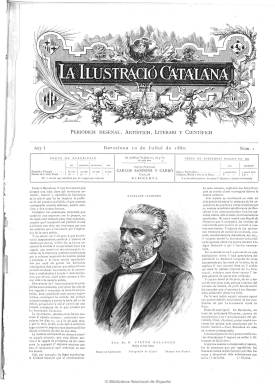
Título: La Ilustració catalana
Colección: Revistas de información general || Cultura
Ámbito geográfico: Barcelona
Lugar de publicación: Barcelona
Fechas: 10/07/1880-30/12/1917

Emulando a la revista española de mayor tirada de la época –La ilustración española y americana (1870-1921)–, la catalana es fundada y editada por Carlos Sampons y Carbó y considerada como la primera gran revista ilustrada escrita íntegramente en lengua catalana, que en 1883 pasará a ser propiedad y dirigida por Francesc Matehu i Fornells (1851-1938). Tiene dos épocas, la primera va desde el diez de julio de 1880 hasta el 31 de marzo de 1894 y, la segunda, desde el siete de junio de 1903 hasta el 30 de diciembre de 1917, cuando elimina de su cabecera el artículo determinado y se titulará Ilustració catalana, y adquirirá un tono netamente modernista. Tanto en su primera como en su segunda época tendrá un marcado carácter catalanista (en el grabado que acompaña a su cabecera de la primera época aparece, junto a los atributos de las bellas artes, una cabeza adornada con el símbolo patriótico de la barretina), reflejando su actualidad social, económica, literaria, cultural y artística.

Aparece con el subtítulo “periòdich desenal, artístich, literari y científic”, en números de ocho páginas, convirtiéndose en quincenal a partir de enero de 1882, aumentando sus páginas hasta las dieciséis. A partir de marzo de 1881 comienza a introducir publicidad comercial de establecimientos y productos catalanes, que irá aumentando progresivamente hasta ocupar sus últimas páginas.

Compuesta a tres columnas, sus páginas dan cabida a los más acreditados periodistas, escritores, dibujantes y grabadores de las letras y las artes plásticas catalanas. Destacan sus crónicas de actualidad catalana, sus revistas de teatros, musicales y literarias, sus artículos biográficos e históricos, de comercio e industria, tradiciones, inventos, modas, sus secciones bibliográfica (a partir de abril de 1881) y de bellas artes, sus textos de creación literaria (leyendas, narraciones, etc.) o sus composiciones poéticas.

La revista se benefició del impulso de las artes gráficas que se dio en Cataluña en aquélla época, y el taller de fotograbado de Josep Thomas Bigas (1850-1910), que había sido el pionero del fotograbado en España a partir de 1875 y el introductor de los procedimientos fotomecánicos a partir de 1882, empezará publicar sus trabajos en La ilustración… a partir de 1884, introduciendo asimismo el grabado en color a partir de 1890. A la misma vez, la revista irá sustituyendo sus grabados en madera (xilografía) a partir de 1885-1886, manteniendo sólo en menor medida los “galvanos” de importación.

Cuatro de sus ocho páginas iniciales incluían grabados, dos de ellos a toda página, de retratos de catalanes ilustres, vistas, monumentos, edificios, de actualidad, dibujos alegóricos, reproducciones de obras pictóricas, etc., especialmente referidos a Cataluña, pero también de otras partes de España y del extranjero.

Entre sus ilustradores principales aparecen los nombres de Alexander Riquer (diseñador de su portada), Josep Serra (autor de la cabecera) o Josep Lluís Pellicer. Publicará fotografías de Jaime Monrás, Heribert Mariezcurrena o del Estudio de Napoleón y Rafael Arenas.

Su primer director había sido Josep Franquesa i Gomis, que pronto fue sustituido por  el propio Sampons, y tras la muerte de este a finales de 1882, por Matheu, que consta así en su cabecera desde el 30 de enero de 1883, quién le dotará a la revista su “ardiente” catalanismo, pero alejado de las luchas partidarias. Entre sus primeros redactores contó con Ángel Guimerá, Víctor Iranzo, Ramón E. Bassegoda (autor de la sección Crónica general), Eduardo Támaro (que firma la sección Nuestros grabados), Francesca de Boter, Josep Redoreda, Conrat Roure, Lluís Maria Puig, L. Mercader y S. Robot. Entre sus colaboraciones aparecerán las de Valentí Almirall, Víctor Balaguer o Jacint Verdaguer.

La revista editó ya en su primera época números extraordinarios, como el dedicado a la Exposición Universal de Barcelona, que le valió una medalla de oro. Y Matheu, en 1884, creará su propia editorial, a través de la cual publicará la edición popular de las obras de Verdaguer, así como la colección mensual Lectura Popular, como biblioteca de autores catalanes.

Tras un lapso de ocho años y haber publicado 325 números en su primero época, y ayudado por J. Alemany, Matheu volverá a sacar la revista en 1907, ahora con formato mayor, aunque lo reducirá en su número 709, de 1907, en una edición más popular y a la vez más lujosa, al utilizar papel couché, con periodicidad semanal, saliendo los domingos, en números de 16 páginas, pero continuando su papel destacado en la prensa catalanista, dirigida a la burguesía y manteniendo el espíritu de la Reinaxença, a la vez que reticente a aceptar la ortografía propuesta por Pomepu Fabra. Entre sus colaboradores contará con Joan Maragall, Narcís Oller, Frederic y Carles Rahola, Joan Alcover o Pons i Massaveu. Se incorpora un dibujante como Jaume Pahissa, y además de las fotografías de actualidad, retratos, etc., reproduce óleos de autores clásicos, además de ilustraciones de Antoni Pahissa, Joaquim Vayreda, Joan Llimona o Dionis Baixerau.

En esta época, seguirá publicando números extraordinarios, como los dedicados al Quijote (22 enero de 1905), a las obras de la Sagrada Familia (18 de marzo de 1906), a la reforma urbanística de Barcelona (15 de mayo de 1908), o a la propia conmemoración del nacimiento de la revista (5 enero de 1913).

La colección de la Biblioteca Nacional de España incluye también la publicación mensual Feminal, que como suplemento editó también La ilustración… un total de 759 números, desde el 28 de abril de 1907 hasta el 30 de diciembre de 1917, dirigida por Carme Karr (1865-1943). Considerada como la primera revista feminista catalana, defendiéndose desde sus páginas la igualdad de derechos entre sexos, y publicándose artículos dedicados a la enseñanza y el trabajo de las mujeres. Fue asimismo ilustrada, con fotografías de actualidad y grabados. Entre sus colaboradoras se encuentran Dolors Monserdà, Agnès Armengol de Badia, Maria Domenech de Canyelles e Isabel Serra.

Ambas publicaciones dejaron de editarse, probablemente, por falta de abastecimiento de papel durante la primera guerra mundial, ante la que Matheu fue un aliadófilo convencido. Mientras que éste volverá más tarde a publicar una nueva revista -Catalana-, Feminal tuvo una reaparición breve en 1925 como portavoz de la asociación Acción Femenina.

La ilustració… ha sido estudiada, entre otros, por Joan Torrent y Rafael Tasis, Lluis Bertran i Pijoan, Maria Martí Barget y Juan Miguel Sánchez Vigil.